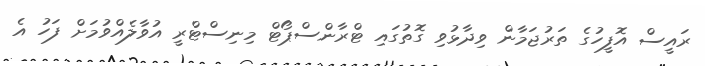
ރައީސް އޮފީހުގެ ތަރުޖަމާން ވިދާޅުވި ގޮތުގައި ޓްރާންސްޕޯޓް މިނިސްޓްރީ އުވާލެއްވުމަށް ފަހު އެ